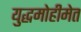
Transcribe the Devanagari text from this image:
युद्धमोहीमेत